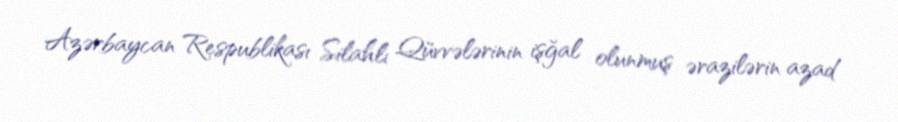
Azərbaycan Respublikası Silahlı Qüvvələrinin işğal olunmuş ərazilərin azad